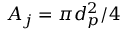
A _ { j } = \pi d _ { p } ^ { 2 } / 4